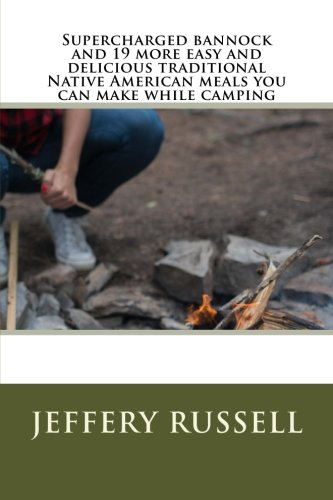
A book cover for Supercharged bannock and 19 more easy and delicious traditional Native American meals you can make while camping; Jeffery Russell; Cookbooks, Food & Wine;